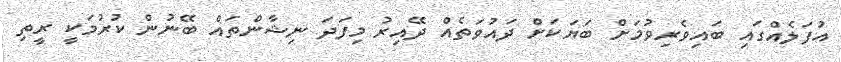
އުފަލެއްގައި ބައިވެރިވުމަށް ބަޔަކަށް ދައުވަތެއް ދޭއިރު މިފަދަ ނިޝާންތައް ބޭނުން ކުރުމަކީ ރީތި